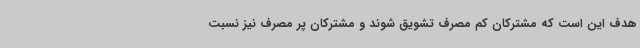
هدف این است که مشترکان کم مصرف تشویق شوند و مشترکان پر مصرف نیز نسبت